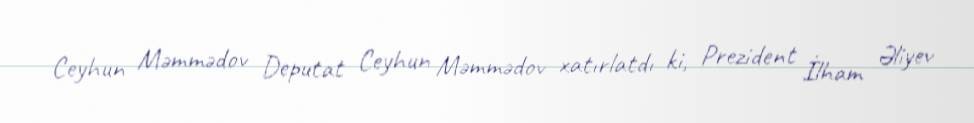
Ceyhun Məmmədov Deputat Ceyhun Məmmədov xatırlatdı ki, Prezident İlham Əliyev